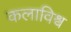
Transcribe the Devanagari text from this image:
कलाविश्व